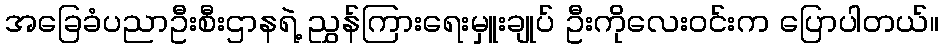
အခြေခံပညာဦးစီးဌာနရဲ့ ညွှန်ကြားရေးမှူးချုပ် ဦးကိုလေးဝင်းက ပြောပါတယ်။